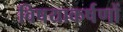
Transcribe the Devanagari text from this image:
विषयाकर्षणों